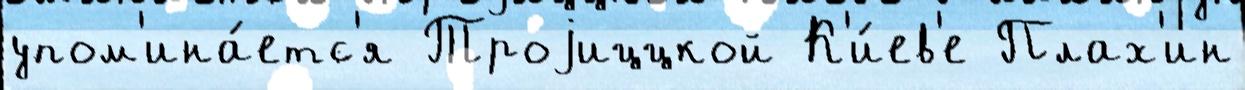
упом'ина́етс'я Троjиццкой К'и́ев'е Плах'ин